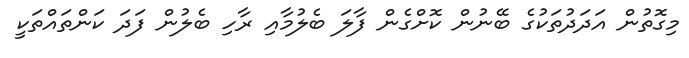
މިގޮތުން އަދަދުތަކުގެ ބޭނުން ކޮށްގެން ފާލަ ބެލުމާއި ރާހި ބެލުން ފަދަ ކަންތައްތަކީ